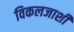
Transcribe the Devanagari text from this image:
विकलजाशी